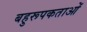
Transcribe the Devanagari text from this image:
बहुरूपकताओं